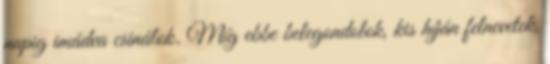
napig imádva csinálok. Míg ebbe belegondolok, kis híján felnevetek,